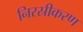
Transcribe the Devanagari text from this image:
निरस्रीकरण